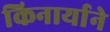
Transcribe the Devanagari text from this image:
किनार्याने